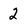
Character: 2